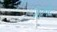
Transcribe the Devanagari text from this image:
माहोट